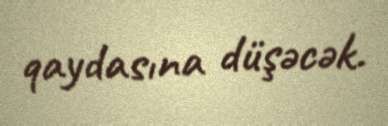
qaydasına düşəcək.